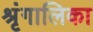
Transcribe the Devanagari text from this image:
श्रृंगालिका